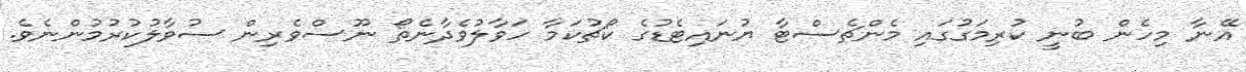
އޭނާ މިހެން ބުނީ ކުރިމަގުގައި މެންޗެސްޓާ ޔުނައިޓެޑުގެ ކޯޗުކަމާ ހަވާލުވެދާނެތޯ ނޫސްވެރިން ސުވާލުކުރުމުންނެވެ.